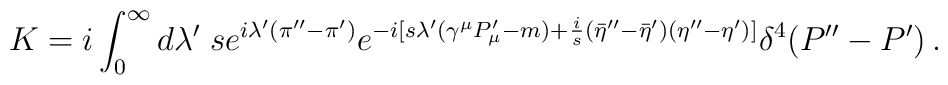
K=i \int_0^{\infty} d\lambda'\; s e^{i\lambda'(\pi''-\pi')}e^{-i[s\lambda'(\gamma^\mu P'_\mu-m)+{i\over s}({\bar\eta}''-{\bar\eta}')(\eta ''-\eta')]}\delta^4(P''-P')\,.